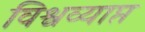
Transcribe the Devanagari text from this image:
विश्वव्याप्त